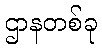
ဌာနတစ်ခု